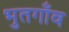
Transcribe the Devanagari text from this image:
भुतगाँव